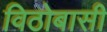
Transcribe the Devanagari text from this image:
विठोबासी